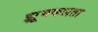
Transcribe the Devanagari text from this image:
झूमकलता